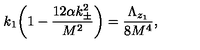
k _ { 1 } \bigg ( 1 - \frac { 1 2 \alpha k _ { \pm } ^ { 2 } } { M ^ { 2 } } \bigg ) = \frac { \Lambda _ { z _ { 1 } } } { 8 M ^ { 4 } } ,